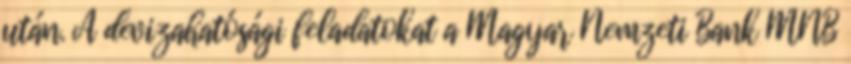
után. A devizahatósági feladatokat a Magyar Nemzeti Bank MNB